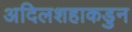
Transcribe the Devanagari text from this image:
अदिलशहाकडुन